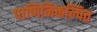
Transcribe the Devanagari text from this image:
पाणिनिकल्पित